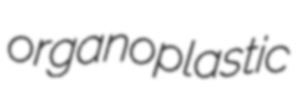
organoplastic